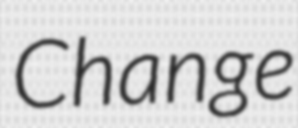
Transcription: Change